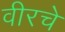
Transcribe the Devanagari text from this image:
वीरचे